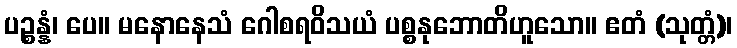
ပဉ္စန္နံ၊ ပေ။ မနောနေသံ ဂေါစရဝိသယံ ပစ္စနုဘောတိဟူသော။ ဧတံ (သုတ္တံ)၊